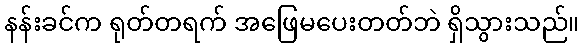
နန်းခင်က ရုတ်တရက် အဖြေမပေးတတ်ဘဲ ရှိသွားသည်။